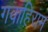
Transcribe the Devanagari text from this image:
गवाहिराम